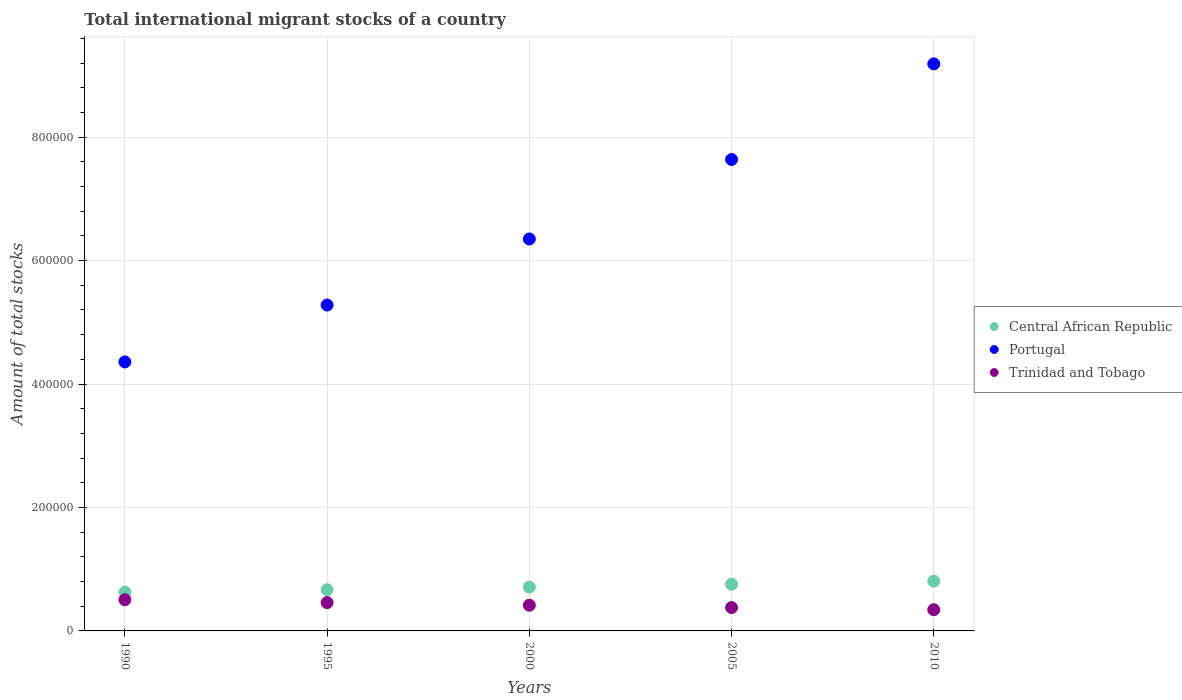
| Years | Central African Republic | Portugal | Trinidad and Tobago |
 | --- | --- | --- | --- |
 | 1990 | 6.27e+04 | 4.36e+05 | 5.05e+04 |
 | 1995 | 6.68e+04 | 5.28e+05 | 4.59e+04 |
 | 2000 | 7.1e+04 | 6.35e+05 | 4.16e+04 |
 | 2005 | 7.56e+04 | 7.64e+05 | 3.78e+04 |
 | 2010 | 8.05e+04 | 9.19e+05 | 3.43e+04 |